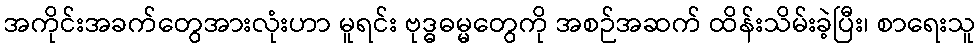
အကိုင်းအခက်တွေအားလုံးဟာ မူရင်း ဗုဒ္ဓဓမ္မတွေကို အစဉ်အဆက် ထိန်းသိမ်းခဲ့ပြီး၊ စာရေးသူ